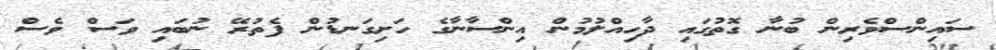
ސައިންސްވެރިން ބުނާ ގޮތުގައި ދާހިއްލުމުން އިންސާނާގެ ހަށިގަނޑުން ފެތުރޭ ނުބައި ވަސް ވެސް